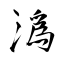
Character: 潙